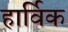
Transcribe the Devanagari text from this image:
हार्विक